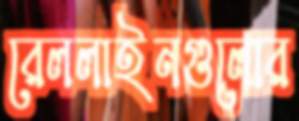
রেললাইনগুলোর